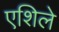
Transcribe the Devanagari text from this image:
एशिले